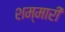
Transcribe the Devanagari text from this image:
शम्मारी